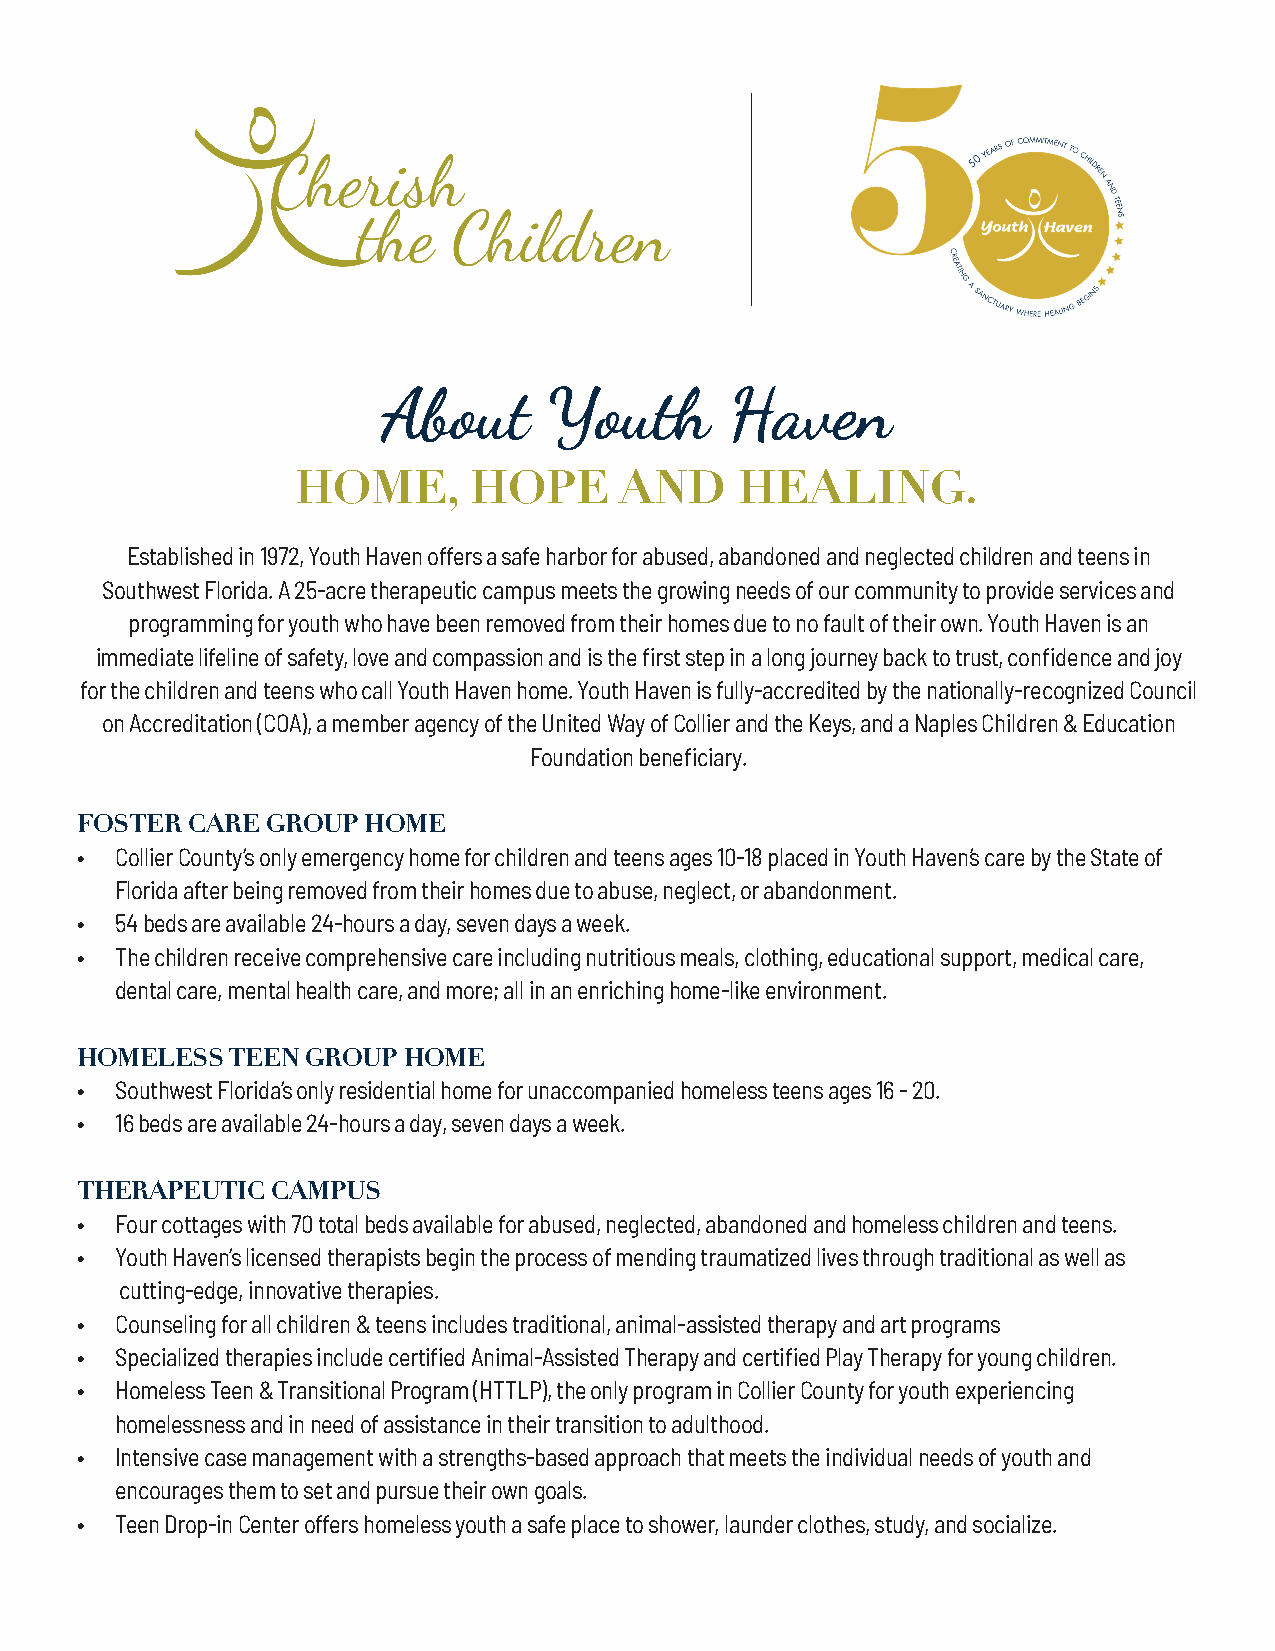
About      Youth       Haven
 HOME,      HOPE      AND     HEALING.
 Established in 1972, Youth Haven offers a safe harbor for abused, abandoned and neglected children and teens in
 Southwest Florida. A 25-acre therapeutic campus meets the growing needs of our community to provide services and
 programming for youth who have been removed from their homes due to no fault of their own. Youth Haven is an
 immediate lifeline of safety, love and compassion and is the first step in a long journey back to trust, confidence and joy
 for the children and teens who call Youth Haven home. Youth Haven is fully-accredited by the nationally-recognized Council
 on Accreditation (COA), a member agency of the United Way of Collier and the Keys, and a Naples Children & Education
 Foundation beneficiary.
 FOSTER CARE  GROUP HOME
 •  Collier County’s only emergency home for children and teens ages 10-18 placed in Youth Haven’s care by the State of
 Florida after being removed from their homes due to abuse, neglect, or abandonment.
 •  54 beds are available 24-hours a day, seven days a week.
 •  The children receive comprehensive care including nutritious meals, clothing, educational support, medical care,
 dental care, mental health care, and more; all in an enriching home-like environment.
 HOMELESS  TEEN GROUP  HOME
 •  Southwest Florida’s only residential home for unaccompanied homeless teens ages 16 - 20.
 •  16 beds are available 24-hours a day, seven days a week.
 THERAPEUTIC  CAMPUS
 •  Four cottages with 70 total beds available for abused, neglected, abandoned and homeless children and teens.
 •  Youth Haven’s licensed therapists begin the process of mending traumatized lives through traditional as well as
 cutting-edge, innovative therapies.
 •  Counseling for all children & teens includes traditional, animal-assisted therapy and art programs
 •  Specialized therapies include certified Animal-Assisted Therapy and certified Play Therapy for young children.
 •  Homeless Teen & Transitional Program (HTTLP), the only program in Collier County for youth experiencing
 homelessness and in need of assistance in their transition to adulthood.
 •  Intensive case management with a strengths-based approach that meets the individual needs of youth and
 encourages them to set and pursue their own goals.
 •  Teen Drop-in Center offers homeless youth a safe place to shower, launder clothes, study, and socialize.